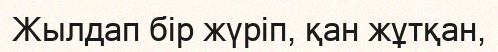
Жылдап бір жүріп, қан жұтқан,